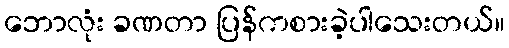
ဘောလုံး ခဏတာ ပြန်ကစားခဲ့ပါသေးတယ်။